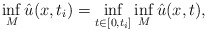
\begin{align*}\inf_M \hat u(x,t_i) = \inf_{t \in [0,t_i]} \inf_M \hat u(x,t) ,\end{align*}